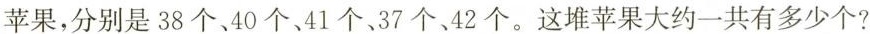
苹果，分别是38个40个、41个37个，42个。这堆苹果大约一共有多少个?